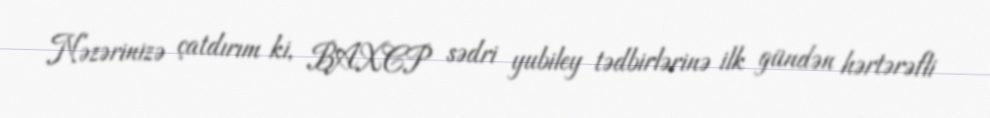
Nəzərinizə çatdırım ki, BAXCP sədri yubiley tədbirlərinə ilk gündən hərtərəfli